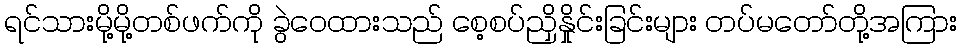
ရင်သားမို့မို့တစ်ဖက်ကို ခွဲဝေထားသည် စေ့စပ်ညှိနှိုင်းခြင်းများ တပ်မတော်တို့အကြား